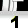
Digit: 1